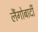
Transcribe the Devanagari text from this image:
लैंगोबार्दी